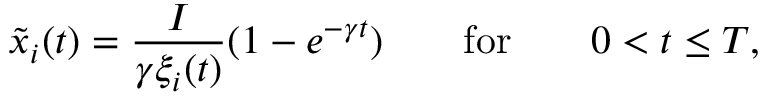
\tilde { x } _ { i } ( t ) = \frac { I } { \gamma \xi _ { i } ( t ) } ( 1 - e ^ { - \gamma t } ) \qquad \mathrm { f o r } \qquad 0 < t \leq T ,